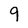
Character: 9